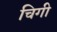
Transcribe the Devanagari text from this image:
चिगी